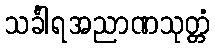
သင်္ခါရအညာဏသုတ္တံ